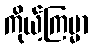
ကိုယ့်ကြမ္မာ